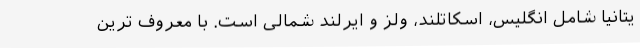
یتانیا شامل انگلیس، اسکاتلند، ولز و ایرلند شمالی است. با معروف ترین